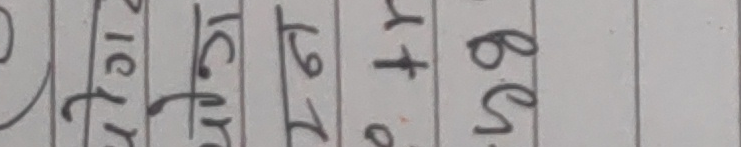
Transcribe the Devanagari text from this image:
टरिट२१त४७ब८छ